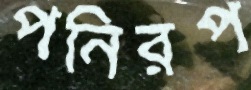
পনিরপ